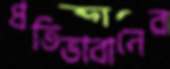
প্রতিভাবানের